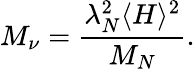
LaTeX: M_{\nu}=\frac{\lambda_{N}^{2}\langle H\rangle^{2}}{M_{N}}.